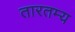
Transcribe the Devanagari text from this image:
तारतम्‍य